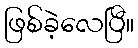
ဖြစ်ခဲ့လေပြီ။